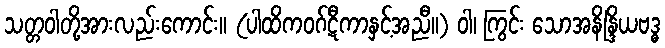
သတ္တဝါတို့အားလည်းကောင်း။ (ပါထိကဝဂ်ဋီကာနှင့်အညီ။) ဝါ၊ ကြွင်း သောအနိန္ဒြိယဗဒ္ဓ